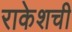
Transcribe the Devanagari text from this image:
राकेशची